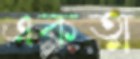
একত্ম